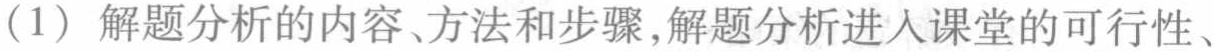
（1）解题分析的内容、方法和步骤,解题分析进入课堂的可行性、